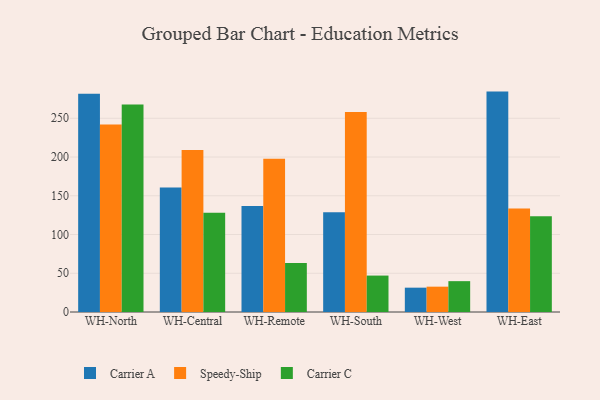
{"axis": {"x": "Warehouse", "y": "Satisfaction Score"}, "legend": ["Carrier A", "Carrier C", "Speedy-Ship"], "data": [{"x": "WH-North", "y": 281.6, "type": "Carrier A"}, {"x": "WH-North", "y": 241.9, "type": "Speedy-Ship"}, {"x": "WH-North", "y": 267.9, "type": "Carrier C"}, {"x": "WH-Central", "y": 160.5, "type": "Carrier A"}, {"x": "WH-Central", "y": 209.1, "type": "Speedy-Ship"}, {"x": "WH-Central", "y": 128.0, "type": "Carrier C"}, {"x": "WH-Remote", "y": 136.7, "type": "Carrier A"}, {"x": "WH-Remote", "y": 197.9, "type": "Speedy-Ship"}, {"x": "WH-Remote", "y": 63.1, "type": "Carrier C"}, {"x": "WH-South", "y": 128.8, "type": "Carrier A"}, {"x": "WH-South", "y": 258.1, "type": "Speedy-Ship"}, {"x": "WH-South", "y": 47.0, "type": "Carrier C"}, {"x": "WH-West", "y": 31.4, "type": "Carrier A"}, {"x": "WH-West", "y": 32.7, "type": "Speedy-Ship"}, {"x": "WH-West", "y": 39.8, "type": "Carrier C"}, {"x": "WH-East", "y": 284.4, "type": "Carrier A"}, {"x": "WH-East", "y": 133.6, "type": "Speedy-Ship"}, {"x": "WH-East", "y": 123.5, "type": "Carrier C"}]}